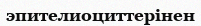
эпителиоциттерінен